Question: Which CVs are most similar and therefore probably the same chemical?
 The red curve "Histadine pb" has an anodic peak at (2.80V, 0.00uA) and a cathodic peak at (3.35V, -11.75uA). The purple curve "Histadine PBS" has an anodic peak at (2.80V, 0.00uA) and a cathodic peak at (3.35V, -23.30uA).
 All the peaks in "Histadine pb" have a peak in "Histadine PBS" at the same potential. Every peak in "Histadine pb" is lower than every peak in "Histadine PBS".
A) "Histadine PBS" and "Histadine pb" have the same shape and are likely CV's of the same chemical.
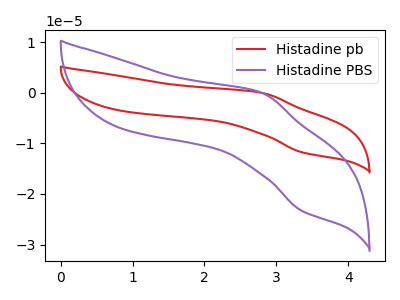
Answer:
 <answer>A) "Histadine PBS" and "Histadine pb" have the same shape and are likely CV's of the same chemical.</answer>
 <eval>A</eval>